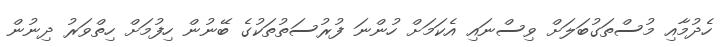
ހެދުމާއި މުސްތަގުބަލަށް ވިސްނައި އެކަމަށް ހުންނަ ފުރުސަތުތަކުގެ ބޭނުން ހިފުމަށް ހިތްވަރު ދިނުން